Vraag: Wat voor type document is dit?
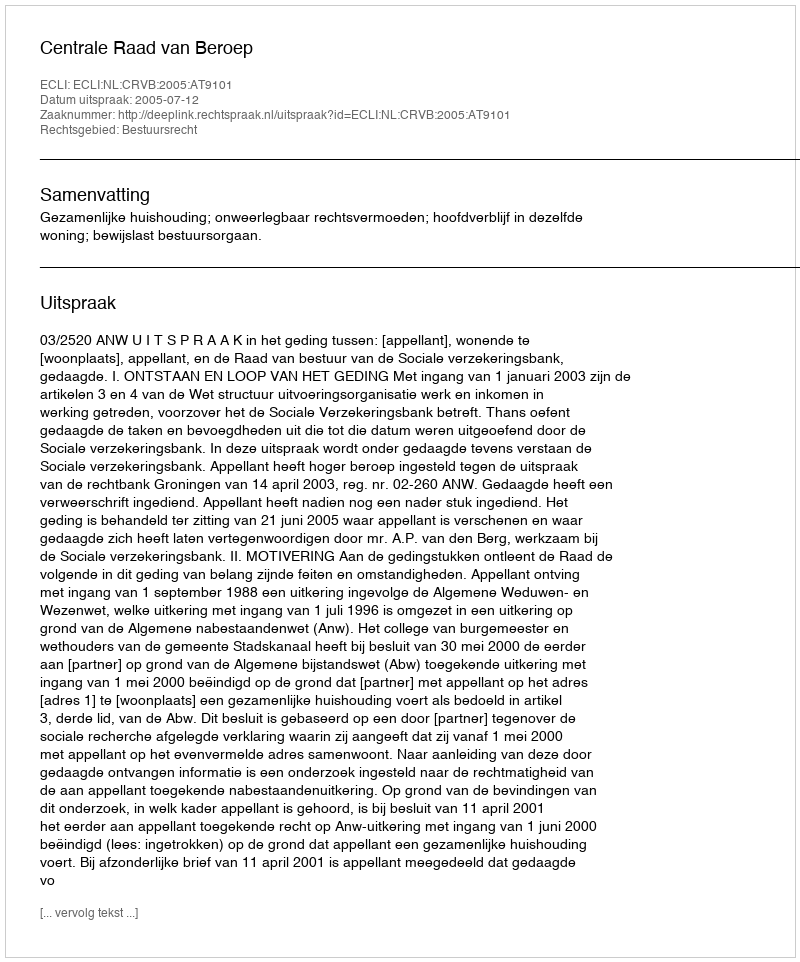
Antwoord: Uitspraak